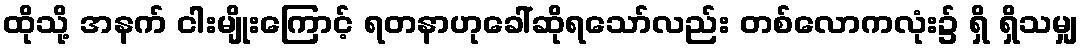
ထိုသို့ အနက် ငါးမျိုးကြောင့် ရတနာဟုခေါ်ဆိုရသော်လည်း တစ်လောကလုံး၌ ရှိ ရှိသမျှ